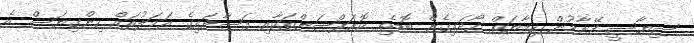
ސިޔާސީ ފޭރާމުން ހިމާޔަތް ހޯދައިގެން ބޮޑެތި ކޮރަޕްޝަންތަކާއި ފަސާދައިގެ އަމަލުތައް ހިންގިޔަސް އެ